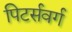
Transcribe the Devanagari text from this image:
पिटर्सवर्ग